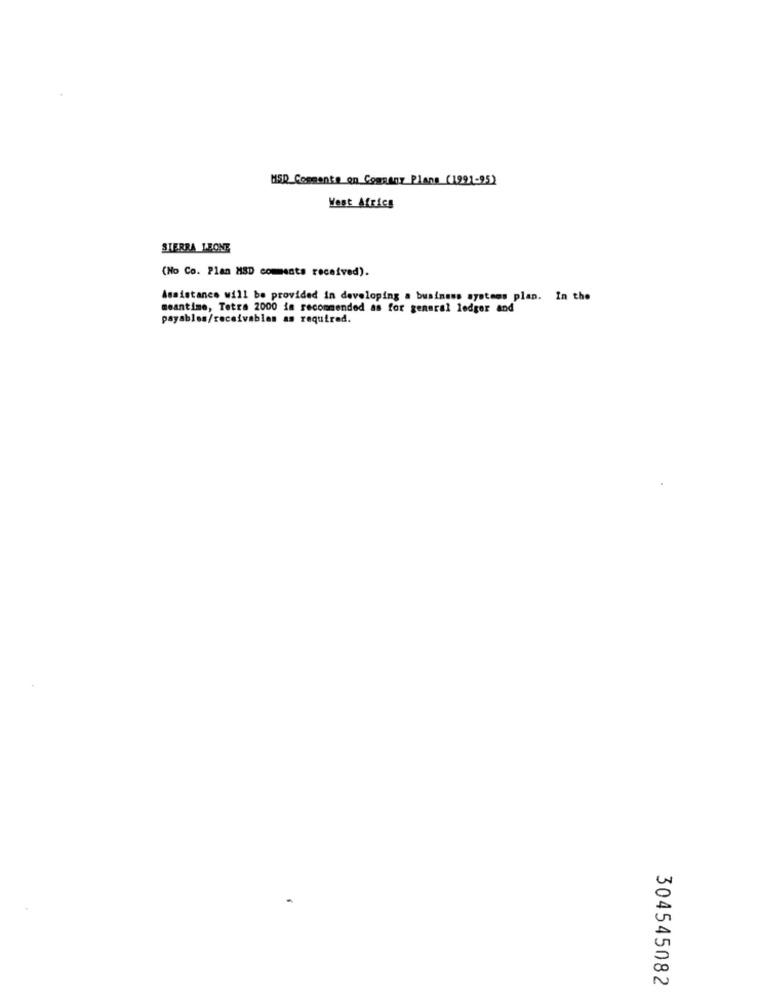
MSD Commente en Commany Plane (1991-95)
Vest Africa
SIERRA LEONE
(No Co. Plan MSD coments received).
Assistance will be provided in developing a business systems plan. In the
meantime, Tetra 2000 is recommended as for general ledger and
payables/receivables as required.
304545082